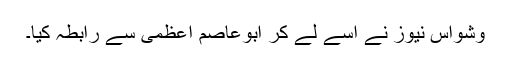
وشواس نیوز نے اسے لے کر ابوعاصم اعظمی سے رابطہ کیا۔